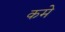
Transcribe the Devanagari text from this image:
कमे